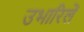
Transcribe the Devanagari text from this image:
उभारिलें